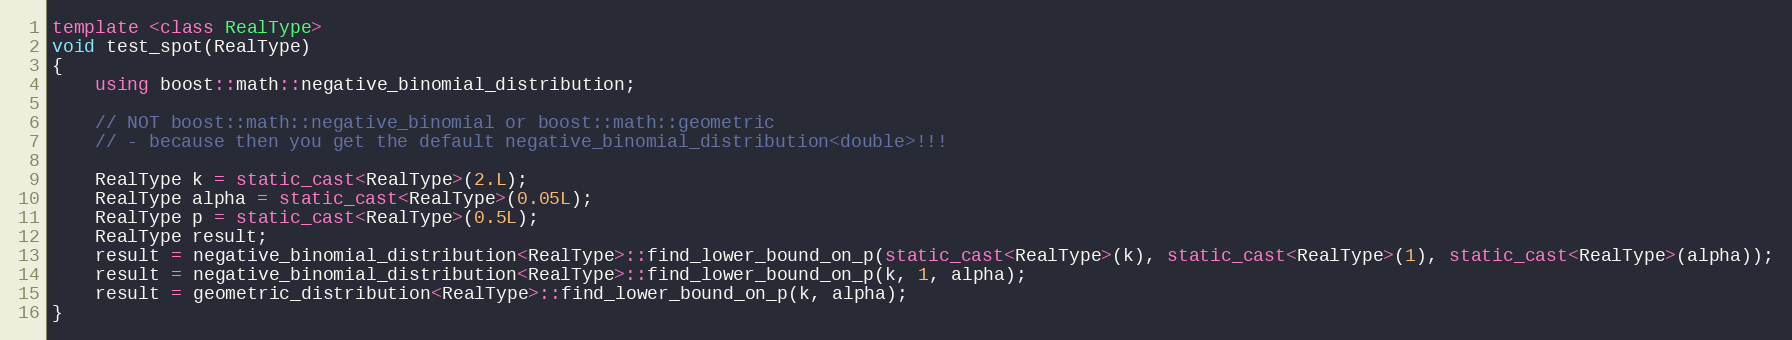
Language: C++
template <class RealType>
void test_spot(RealType)
{
    using boost::math::negative_binomial_distribution;

    // NOT boost::math::negative_binomial or boost::math::geometric
    // - because then you get the default negative_binomial_distribution<double>!!!

    RealType k = static_cast<RealType>(2.L);
    RealType alpha = static_cast<RealType>(0.05L);
    RealType p = static_cast<RealType>(0.5L);
    RealType result;
    result = negative_binomial_distribution<RealType>::find_lower_bound_on_p(static_cast<RealType>(k), static_cast<RealType>(1), static_cast<RealType>(alpha));
    result = negative_binomial_distribution<RealType>::find_lower_bound_on_p(k, 1, alpha);
    result = geometric_distribution<RealType>::find_lower_bound_on_p(k, alpha);
}